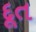
દૂત